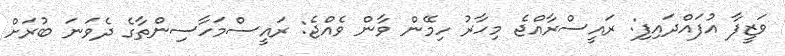
ވަޒީފާ އުފައްދައިފި: ރައީސްރާއްޖެ މިހާރު ހިމޭން ވާން ވެއްޖެ: ރައީސްމަހާސިންތާގެ ދެވަނަ ބުރަށް